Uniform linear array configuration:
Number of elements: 12
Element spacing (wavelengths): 0.75
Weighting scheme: binomial
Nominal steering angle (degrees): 60
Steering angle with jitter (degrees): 59.814
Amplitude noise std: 0.05
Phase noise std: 0.05

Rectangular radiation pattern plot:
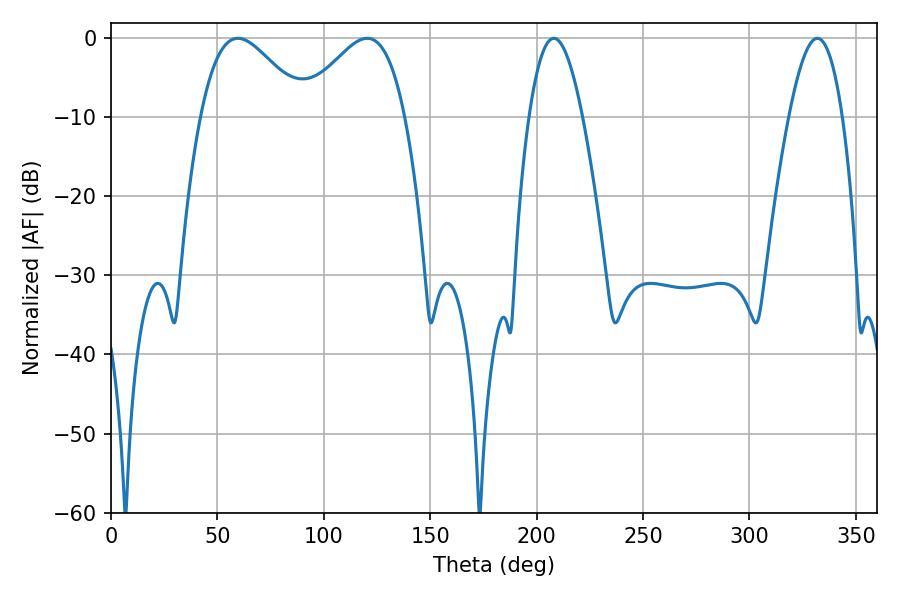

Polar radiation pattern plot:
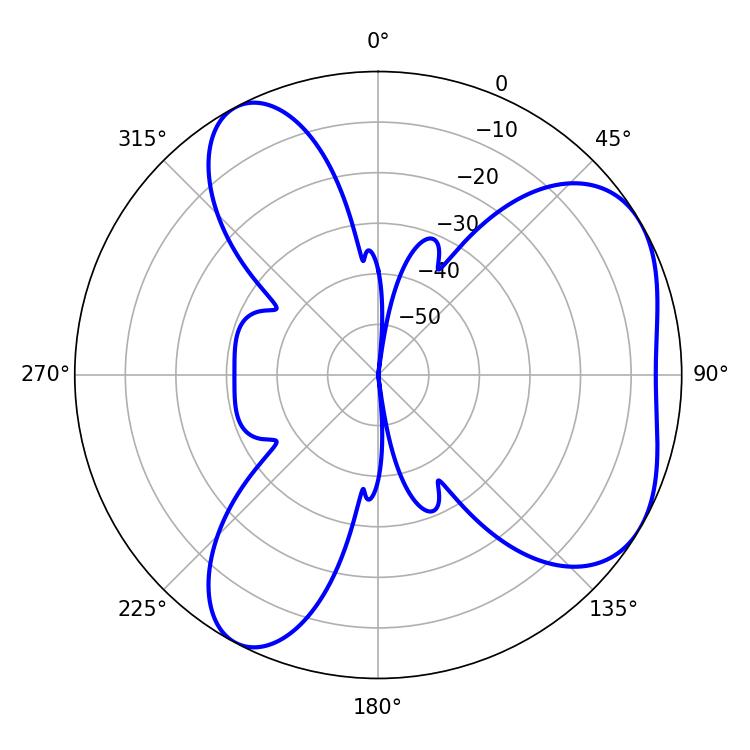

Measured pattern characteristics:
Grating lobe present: TRUE
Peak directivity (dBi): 4.977
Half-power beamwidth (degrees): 13.68
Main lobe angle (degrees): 208.08